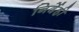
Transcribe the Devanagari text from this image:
निर्देही